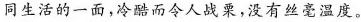
同生活的一面，冷酷而令人战栗，没有丝毫温度。